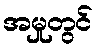
အမှုတွင်